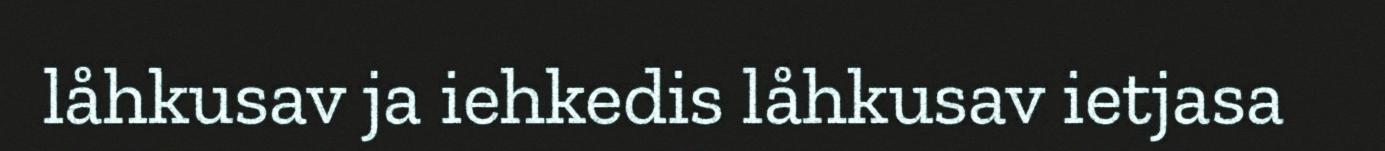
låhkusav ja iehkedis låhkusav ietjasa